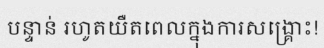
បន្ទាន់ រហូតយឺតពេលក្នុងការសង្គ្រោះ!